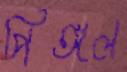
পিঙ্গল